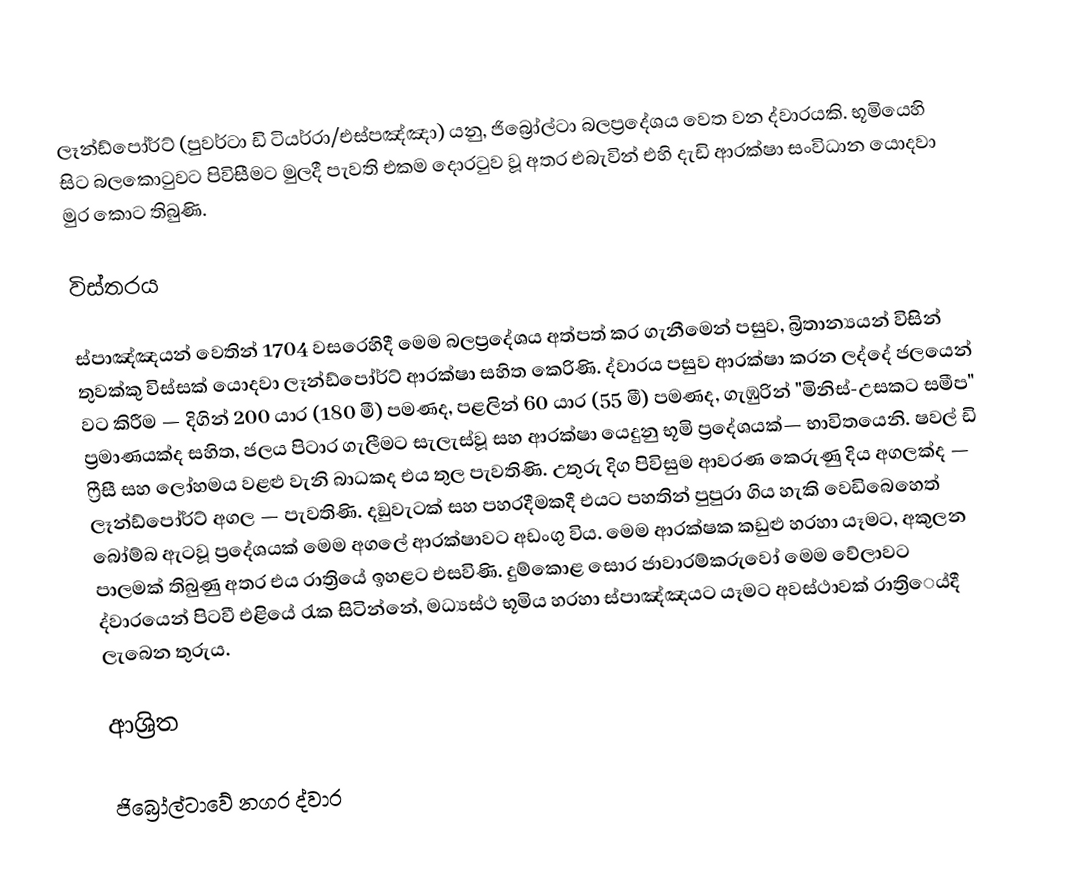
ලෑන්ඩ්පෝර්ට්  (පුවර්ටා ඩි ටියර්රා/එස්පඤ්ඤා) යනු,  ජිබ්‍රෝල්ටා බලප්‍රදේශය වෙත වන ද්වාරයකි.  භූමියෙහි සිට බලකොටුවට පිවිසීමට මුලදී පැවති එකම දොරටුව වූ අතර එබැවින් එහි දැඩි ආරක්ෂා සංවිධාන යොදවා මුර කොට තිබුණි.

විස්තරය

ස්පාඤ්ඤයන් වෙතින් 1704 වසරෙහිදී මෙම බලප්‍රදේශය අත්පත් කර ගැනීමෙන් පසුව, බ්‍රිතාන්‍යයන් විසින් තුවක්කු විස්සක් යොදවා ලෑන්ඩ්පෝර්ට් ආරක්ෂා සහිත කෙරිණි.   ද්වාරය පසුව ආරක්ෂා කරන ලද්දේ ජලයෙන් වට කිරීම — දිගින් 200 යාර (180 මී) පමණද, පළලින්  60 යාර (55 මී) පමණද, ගැඹුරින් "මිනිස්-උසකට සමීප"  ප්‍රමාණයක්ද සහිත, ජලය පිටාර ගැලීමට සැලැස්වූ සහ ආරක්ෂා යෙදුනු භූමි ප්‍රදේශයක්— භාවිතයෙනි.  ෂවල් ඩි ෆ්‍රීසී සහ ලෝහමය වළළු වැනි බාධකද එය තුල පැවතිණි. උතුරු දිග පිවිසුම ආවරණ කෙරුණු දිය අගලක්ද — ලෑන්ඩ්පෝර්ට් අගල — පැවතිණි.   දඞුවැටක් සහ පහරදීමකදී එයට පහතින් පුපුරා ගිය හැකි  වෙඩිබෙහෙත් බෝම්බ ඇටවූ ප්‍රදේශයක් මෙම අගලේ ආරක්ෂාවට අඩංගු විය.   මෙම ආරක්ෂක කඩුළු හරහා යෑමට, අකුලන පාලමක් තිබුණු අතර එය රාත්‍රියේ ඉහළට එසවිණි. දුම්කොළ සොර ජාවාරම්කරුවෝ මෙම වේලාවට ද්වාරයෙන් පිටවී එළියේ රැක සිටින්නේ, මධ්‍යස්ථ භූමිය හරහා ස්පාඤ්ඤයට යෑමට අවස්ථාවක් රාත්‍රිෙය්දී ලැබෙන තුරුය.

ආශ්‍රිත

ජිබ්‍රෝල්ටාවේ නගර ද්වාර